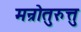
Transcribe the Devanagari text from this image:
मन्रोतुरुत्तु